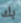
بك